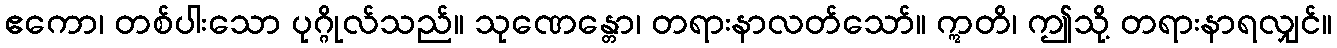
ဧကော၊ တစ်ပါးသော ပုဂ္ဂိုလ်သည်။ သုဏေန္တော၊ တရားနာလတ်သော်။ ဣတိ၊ ဤသို့ တရားနာရလျှင်။